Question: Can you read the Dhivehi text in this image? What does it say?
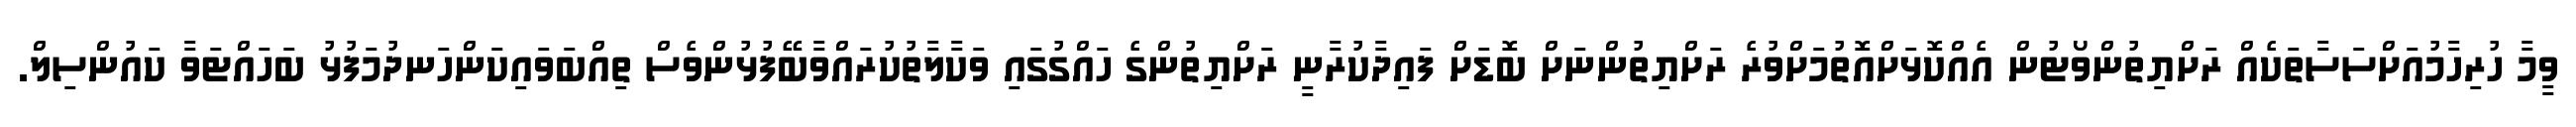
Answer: ވީމާ ހުރިހާމުއަށްސަސާތަކެއް ރަށްޔިތުންވޯޓުން އެއްކޮޅަށްއޮތުމަށްވުރެ ރަށްޔިތުންނަށް ބޮޑަށް ފައިދާކުރާނީ ރަށްޔިތުންގެ ހައްގުގައި ވަކާލާތުކުރައްވާބޭފުޅުންވެސް ތިއްބަވައިކަންހަނދުމަފުޅު ބަހައްޓަވާ ކައުންސިލް.